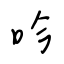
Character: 吟